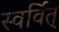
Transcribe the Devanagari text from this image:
स्वर्वित्